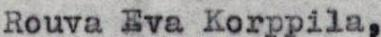
Rouva Eva Korppila,